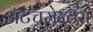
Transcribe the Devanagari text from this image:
अॅटॅचमेन्ट्‌स